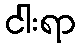
ငါးရာ